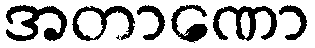
အတာဏော